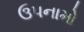
ઉપનામો